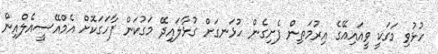
ހުޅުވި މަގަކީ ވީއައިއޭގެ އިރުމަތިން ފެށިގެން ހުޅަނގަށް ގުޅާލައިދޭ މަގުކަން ފާހަގަކޮށް އެމްއޭސީއެލްއިން